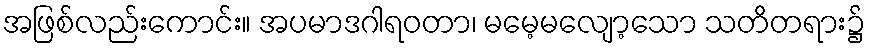
အဖြစ်လည်းကောင်း။ အပမာဒဂါရဝတာ၊ မမေ့မလျော့သော သတိတရား၌